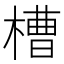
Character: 槽